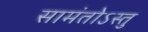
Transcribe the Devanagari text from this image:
सामंतोऽस्तु